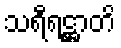
သရီရဋ္ဌာတိ